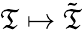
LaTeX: \mathfrak{T}\mapsto{\tilde{{\mathfrak{T}}}}